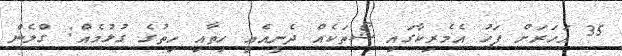
35 އަހަރަށް ފަހު އެމެރިކާގައި ޝޯތަކެއް ދެނީއެއީ ހިތާއި ހިތުގެ ގުޅުމެއް: ގްލެން